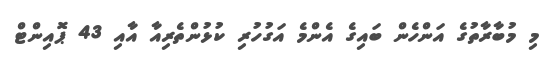
މި މުބާރާތުގެ އަންހެން ބައިގެ އެންމެ އަގުހުރި ކުޅުންތެރިއާ އާއި 43 ޕޮއިންޓް